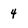
Character: 4